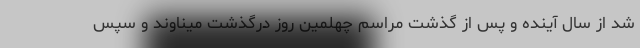
شد از سال آینده و پس از گذشت مراسم چهلمین روز درگذشت میناوند و سپس